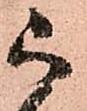
被